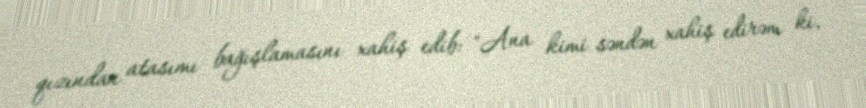
qızından atasımı bağışlamasını xahiş edib: "Ana kimi səndən xahiş edirəm ki,